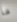
ما